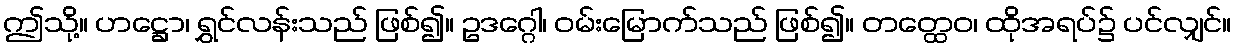
ဤသို့။ ဟဋ္ဌော၊ ရွှင်လန်းသည် ဖြစ်၍။ ဥဒဂ္ဂေါ၊ ဝမ်းမြောက်သည် ဖြစ်၍။ တတ္ထေဝ၊ ထိုအရပ်၌ ပင်လျှင်။